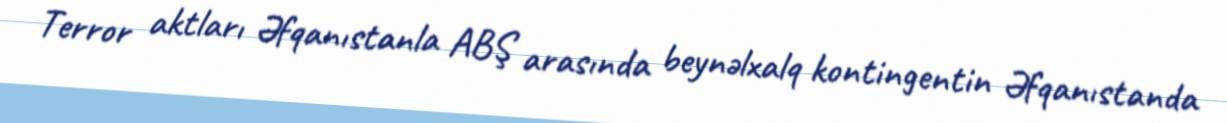
Terror aktları Əfqanıstanla ABŞ arasında beynəlxalq kontingentin Əfqanıstanda